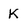
Character: K